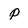
Character: p